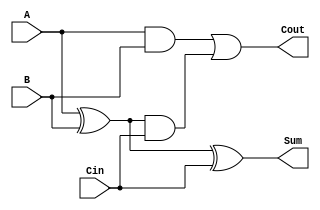
module Full_Adder (
    input A,
    input B,
    input Cin,
    output Sum,
    output Cout
);

assign Sum = A ^ B ^ Cin;
assign Cout = (A & B) | ((A ^ B) & Cin);

endmodule